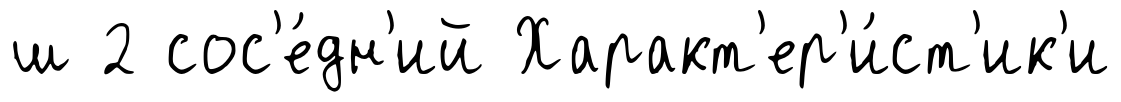
ш 2 сос'е́дн'ий Характ'ер'и́ст'ик'и